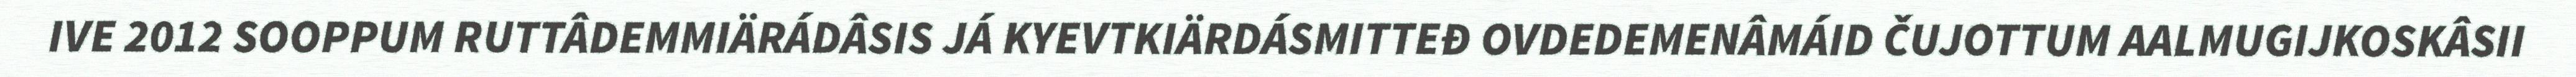
IVE 2012 SOOPPUM RUTTÂDEMMIÄRÁDÂSIS JÁ KYEVTKIÄRDÁSMITTEĐ OVDEDEMENÂMÁID ČUJOTTUM AALMUGIJKOSKÂSII